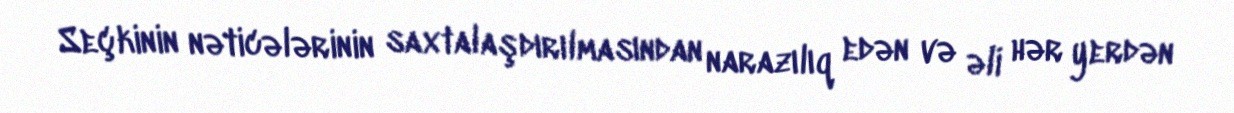
Seçkinin nəticələrinin saxtalaşdırılmasından narazılıq edən və əli hər yerdən